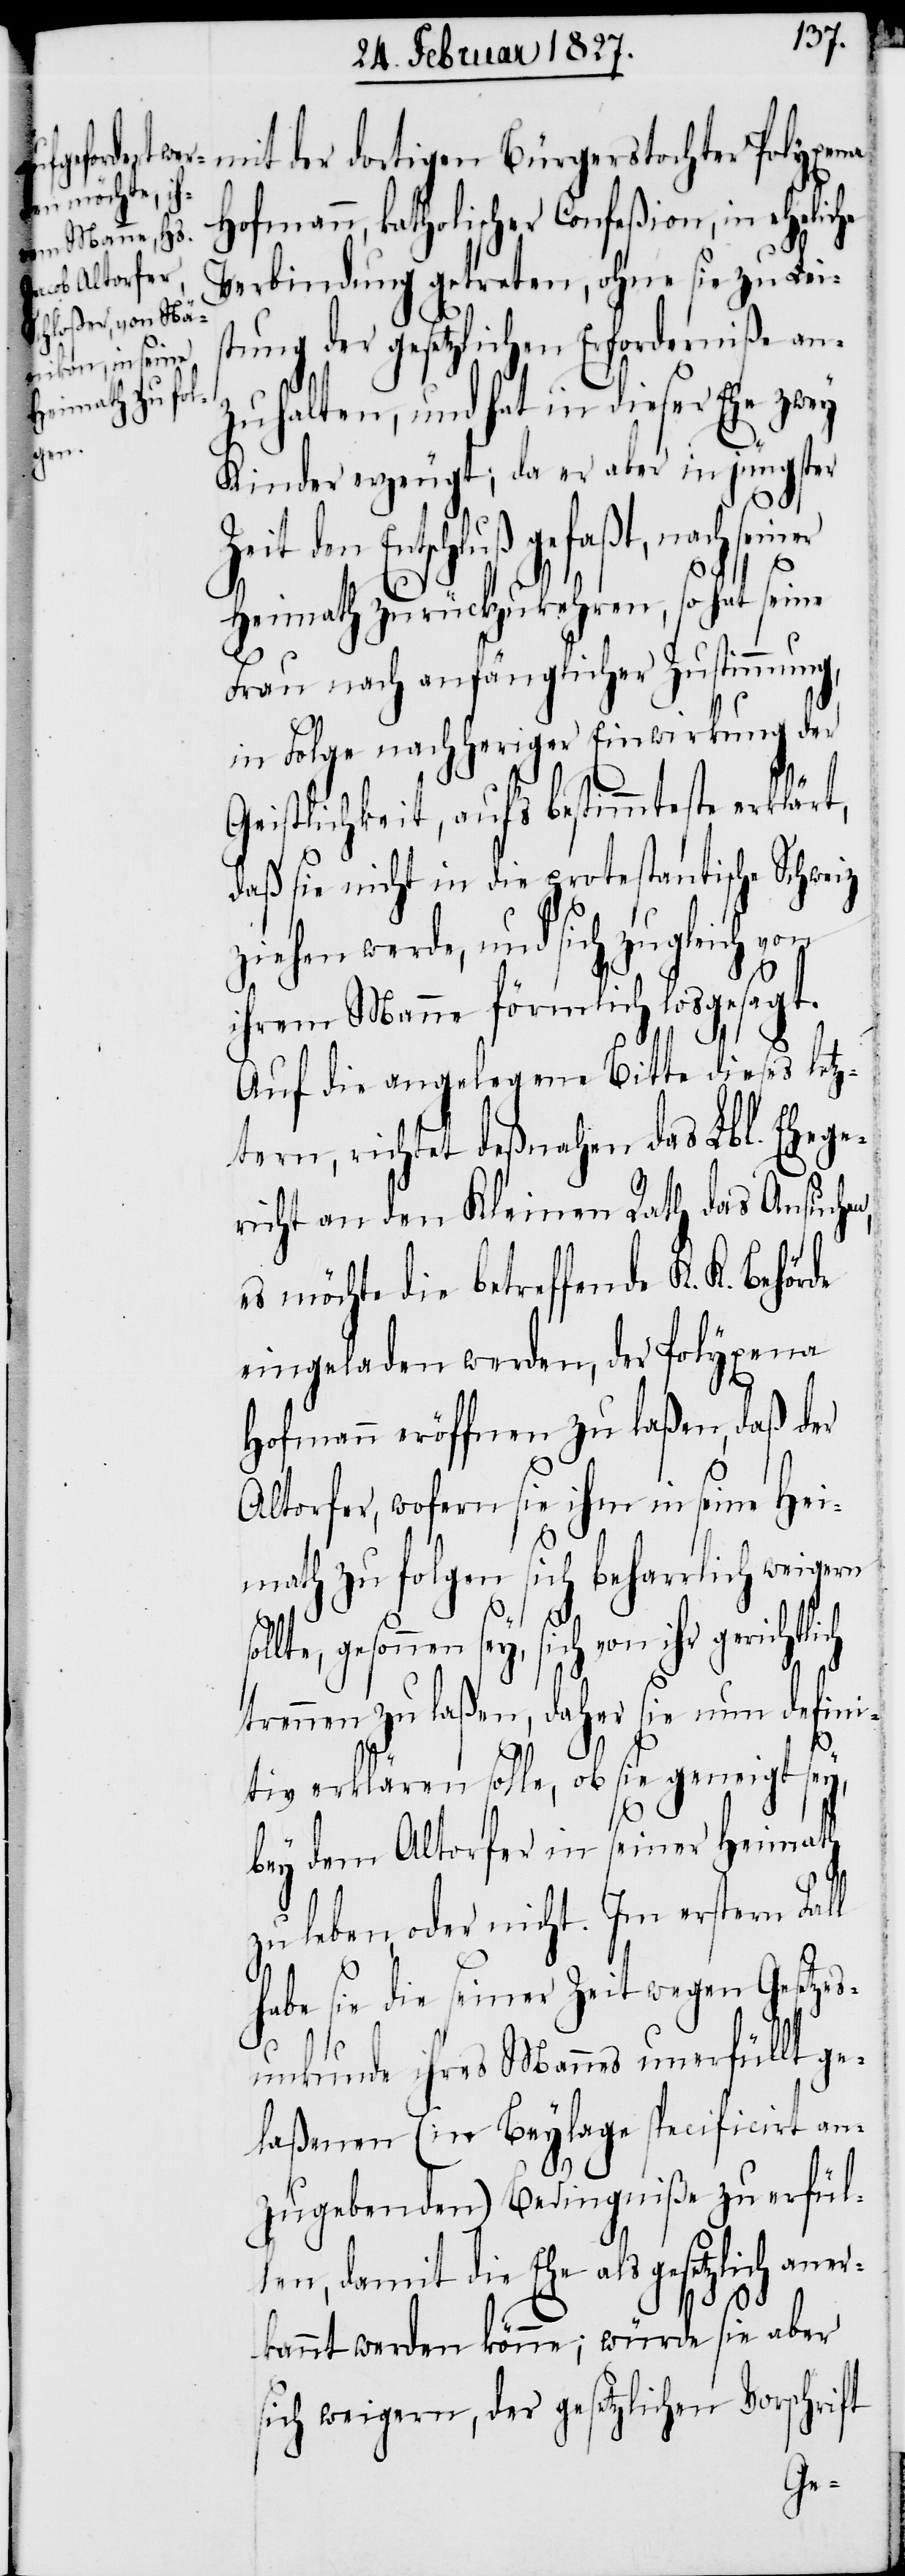
mit der dortigen Bürgerstocher Polyxena
Hofmann, katholischer Confeßion, in eheliche
Verbindung getreten, ohne sie zu Leis¬
tung der gesetzlichen Erforderniße an¬
zuhalten, und hat in dieser Ehe zwey
Kinder erzeugt; da er aber in jüngster
Zeit den Entschluß gefaßt, nach seiner
Heimath zurückzukehren, so hat seine
Frau nach anfänglicher Zustimmung,
in Folge nachheriger Einwirkung der
Geistlichkeit, aufs bestimmteste erklärt,
daß sie nicht in die protestantische Schweiz
ziehen werde, und sich zugleich von
ihrem Manne förmlich losgesagt.
Auf die angelegene Bitte dieses letz¬
tern, richtet deßnahen das Lbl. Ehege¬
richt an den Kleinen Rath das Ansuchen,
es möchte die betreffende K. K. Behörde
eingeladen werden, der Polyxena
Hofmann eröffnen zu laßen, daß der
Altorfer, wofern sie ihm in seine Hei¬
math zu folgen sich beharrlich weigern
gesonnen sey, sich von ihr gerichtl¬
trennen zu laßen, daher sie nun defini¬
tiv erklären solle, ob sie geneigt sey,
bey dem Altorfer in seiner Heimath
zu leben, oder nicht. Im erstern Fal¬
habe sie die seiner Zeit wegen Gesetzes¬
ich
unkunde ihres Mannes unerfüllt ge¬
laßenen (in Beylage specificirt an¬
zugebenden) Bedingniße zu erfül¬
len, damit die Ehe als gesetzlich aner¬
l
kannt werden könne; würde sie aber
sich weigern, der gesetzlichen Vorschrift